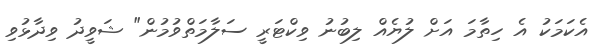
އެކަމަކު އެ ހިތާމަ އަށް ލުޔެއް ލިބުނު ވިކްޓަރީ ސަލާމަތްވުމުން" ޝަވީދު ވިދާޅުވި